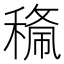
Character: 𱶝